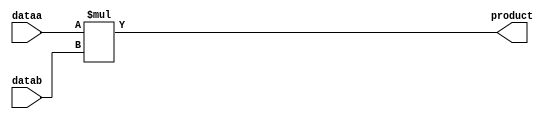
`timescale 1ns/100ps

module mult4x4(input [3:0] dataa, datab, output reg [7:0] product);
			always @ (dataa, datab)
			begin
			product = dataa * datab;
			end
endmodule